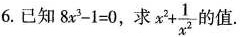
6.已知$$8 x^{3} - 1 = 0$$，求$$ x ^{2} + \frac{1}{x^{2}}$$ 的值.